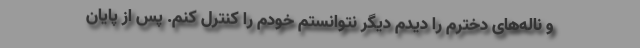
و ناله‌های دخترم را دیدم دیگر نتوانستم خودم را کنترل کنم. پس از پایان